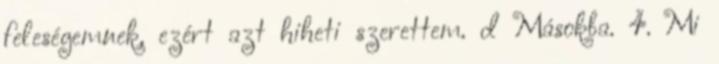
feleségemnek, ezért azt hiheti szerettem. d Másokba. 4. Mi